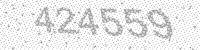
Solution: 424559